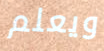
ويعلم